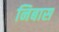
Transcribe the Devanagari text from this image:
निबास